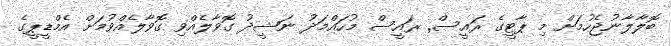
ބޮލާލާނުޖެހުމަށް މި ޕާޓީގެ ރައީސް